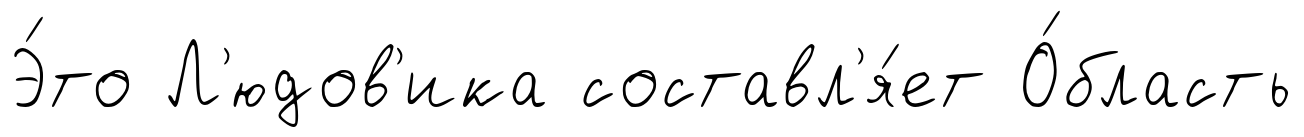
Э́то Л'юдов'ика составл'я́ет О́бласть